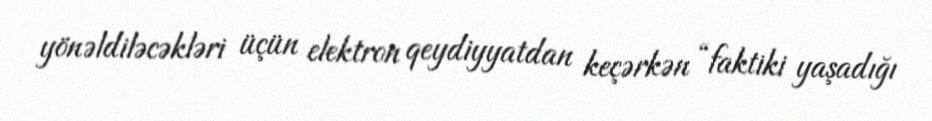
yönəldiləcəkləri üçün elektron qeydiyyatdan keçərkən “faktiki yaşadığı